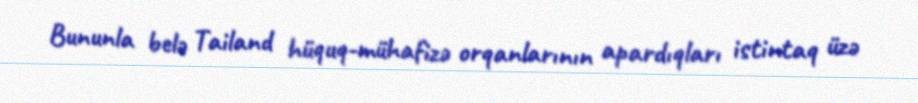
Bununla belə Tailand hüquq-mühafizə orqanlarının apardıqları istintaq üzə